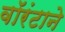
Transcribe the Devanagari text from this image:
वॉरंटाने